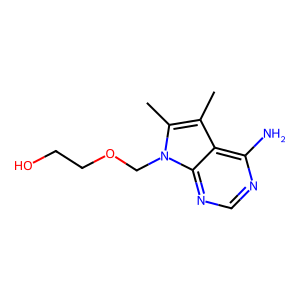
SMILES: Cc1c(C)n(COCCO)c2ncnc(N)c12
Inhibits HIV replication: No